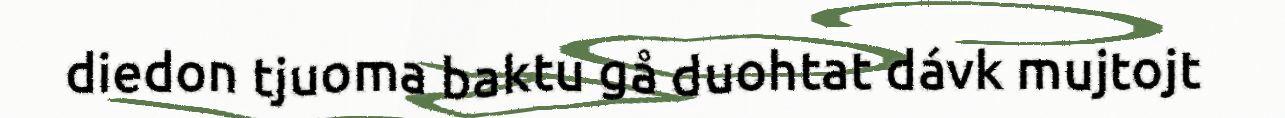
diedon tjuoma baktu gå duohtat dávk mujtojt